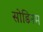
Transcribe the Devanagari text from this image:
सोडिनम